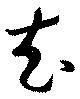
充